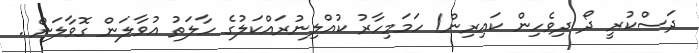
ދަސްކުރީ ދޯ ދިވެހިން ކައިރިން! ހަމަމިހާރު ކުއްލިނުރައްކަލުގެ ހާލަތު އުވާލަން ގޮވާލަން .